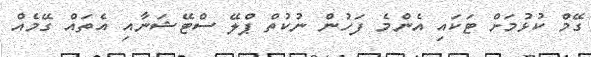
ގޭމް ކުޅުމަށް ޓަކައި އެންމެ ފަހުން ނުކުތް ޕްލޭ ސްޓޭޝަނާއި އެތައް ގޭމެއް